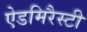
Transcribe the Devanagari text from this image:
ऐडमिरैस्टी